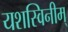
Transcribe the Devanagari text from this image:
यशस्विनीम्‌